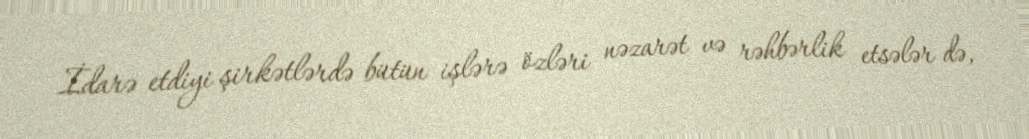
İdarə etdiyi şirkətlərdə bütün işlərə özləri nəzarət və rəhbərlik etsələr də,